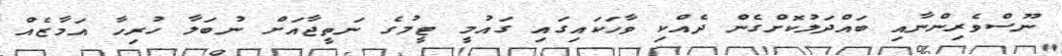
ނޫސްވެރިންނާއި ބައްދަލުކޮށްގެން ދެއްކި ވާހަކައިގައި ގައުމީ ޓީމުގެ ނަތީޖާއަށް ނުބަލާ ހުރިހާ އަމާޒެއް